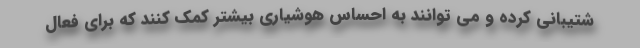
شتیبانی کرده و می توانند به احساس هوشیاری بیشتر کمک کنند که برای فعال